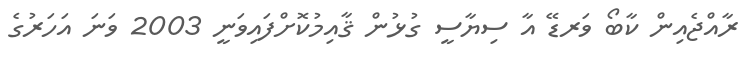
ރާއްޖެއިން ކާބޯ ވަރޑޭ އާ ސިޔާސީ ގުޅުން ޤާއިމުކޮށްފައިވަނީ 2003 ވަނަ އަހަރުގެ